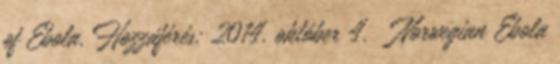
of Ebola. Hozzáférés: 2014. október 4. ↑ Norwegian Ebola